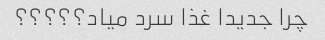
چرا جدیدا غذا سرد میاد؟؟؟؟؟